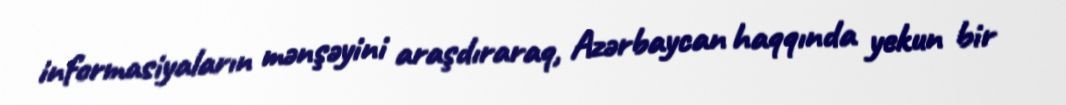
informasiyaların mənşəyini araşdıraraq, Azərbaycan haqqında yekun bir